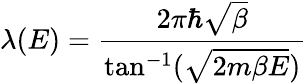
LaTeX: \lambda(E)=\frac{2\pi\hbar\sqrt{\beta}}{\tan^{-1}(\sqrt{2m\beta E})}